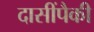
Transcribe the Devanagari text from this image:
दासींपैकी